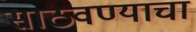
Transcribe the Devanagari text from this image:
साठवण्याचा